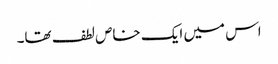
اس میں ایک خاص لطف تھا۔